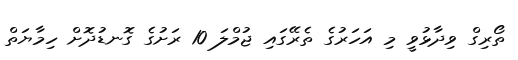
ތޯރިގް ވިދާޅުވީ މި އަހަރުގެ ތެރޭގައި ޖުމްލަ 10 ރަށުގެ ގޮނޑުދޮށް ހިމާޔަތް